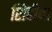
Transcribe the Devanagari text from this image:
शिंदीचा